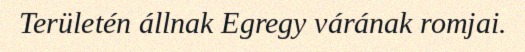
Területén állnak Egregy várának romjai.